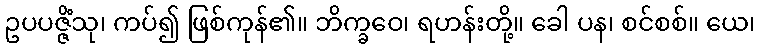
ဥပပဇ္ဇိံသု၊ ကပ်၍ ဖြစ်ကုန်၏။ ဘိက္ခဝေ၊ ရဟန်းတို့။ ခေါ ပန၊ စင်စစ်။ ယေ၊